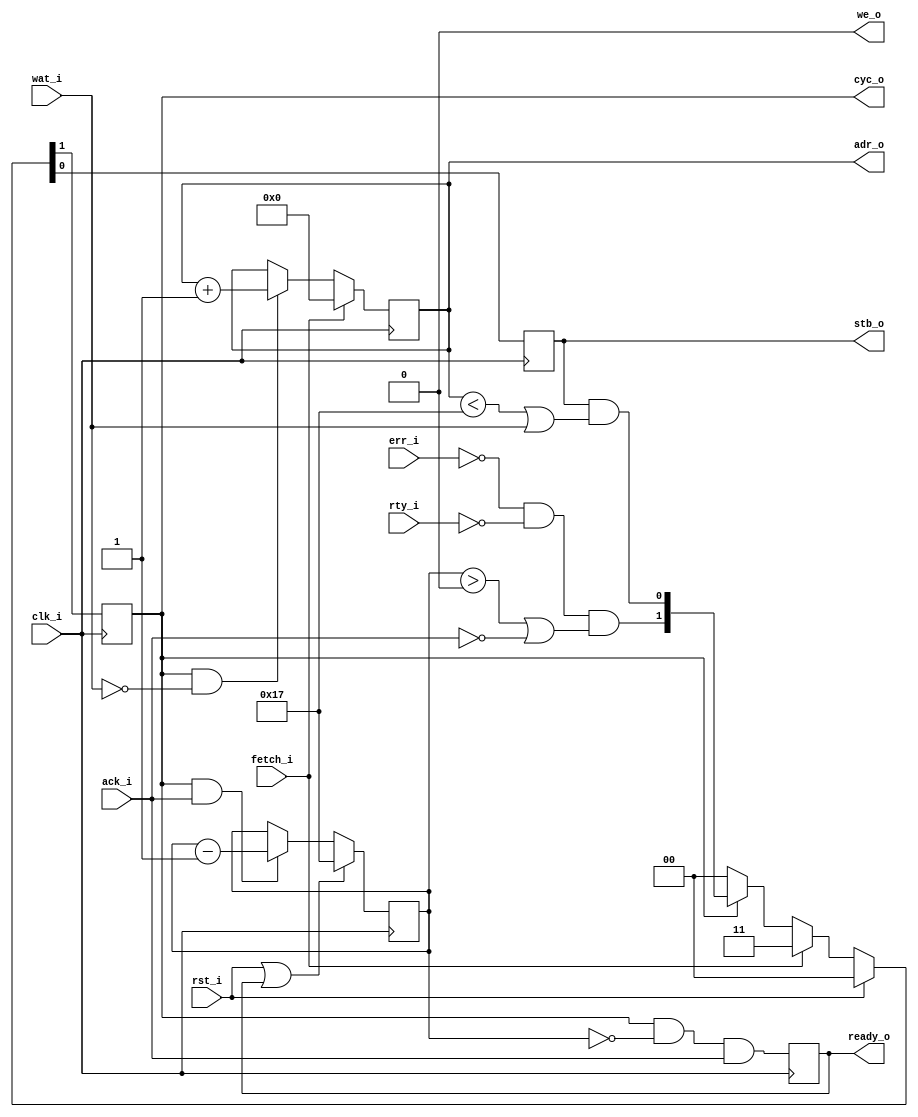
module wb_fetch
  #(//  Data-fetch counter parameters:
    parameter FETCH = 24,       // number of words to fetch
    parameter FMAX  = FETCH-1,  // maximum counter value
    parameter FBITS = 5,        // bit-width of fetch counter
    parameter FSB   = FBITS-1,  // MSB of fetch counter

    //  Wishbone SPEC B4 command-queue parameters:
    parameter QUEUE = 1<<QBITS, // Size of command queue
    parameter QMAX  = QUEUE-1,  // Maximum queue index value
    parameter QBITS = 2,        // Queue index bit-width
    parameter QSB   = QBITS-1,  // MSB of queue index

    //  Additional mode parameters:
    parameter PIPED = 1,        // Pipelined (WB SPEC B4) transfers (0/1)?

    //  Simulation-only parameters:
    parameter DELAY = 3)        // combinational simulation delay (ns)
   (
    input          clk_i,
    input          rst_i,
    output reg     cyc_o = 1'b0,
    output reg     stb_o = 1'b0,
    output         we_o,
    input          ack_i,
    input          wat_i,
    input          rty_i,
    input          err_i,
    output [FSB:0] adr_o,

    input          fetch_i,
    output reg     ready_o = 1'b0
    );


   parameter FZERO = {FBITS{1'b0}};
   parameter QZERO = {QBITS{1'b0}};
   parameter QONE  = {{QSB{1'b0}}, 1'b1};


   reg [FSB:0]     adr = FZERO;


   assign we_o  = 1'b0;
   assign adr_o = adr;


`ifdef __USE_FETCH_QUEUE
   //-------------------------------------------------------------------------
   //
   //  COMMAND QUEUE CONTROL.
   //
   //  NOTE: No command-queue overflow detection!
   //  NOTE: This version supports only the parameterised number of queued
   //    commands, of a block-transfer -- and the command-queue size is
   //    ideally tuned to match the (maximum) latency of any attached, slave
   //    devices.
   //
   //-------------------------------------------------------------------------
   reg [QSB:0]     cqi = QMAX;
   wire [FBITS:0]  adr_nxt = adr + 1;
   wire            adr_max = adr == FMAX;
   wire            cyc_w, stb_w;

   //  Continue bus cycle until all commands have completed:
   assign cyc_w = !err_i && !rty_i && !(cqi == QZERO && ack_i);

   //  Issue commands until the maximum fetch-address is reached, and keep
   //  strobe high if the slave stalls:
   assign stb_w = wat_i || !adr_max;

   //-------------------------------------------------------------------------
   //  Wishbone interface state and bus-control signals.
   //-------------------------------------------------------------------------
   always @(posedge clk_i)
     if (rst_i)
       {cyc_o, stb_o} <= #DELAY 2'b00;
     else if (fetch_i)
       {cyc_o, stb_o} <= #DELAY 2'b11;
     else if (cyc_o)
       {cyc_o, stb_o} <= #DELAY {cyc_w, stb_w};
     else
       {cyc_o, stb_o} <= #DELAY 2'b00;

   //-------------------------------------------------------------------------
   //  Increase the address-counter after every command has been issued
   //  (and accepted).
   always @(posedge clk_i)
     if (fetch_i)                          adr <= #DELAY FZERO;
     else if (stb_o && !wat_i && !adr_max) adr <= #DELAY adr_nxt[FSB:0];

   //-------------------------------------------------------------------------
   //  Up/down counter for the command-queue.
   always @(posedge clk_i)
     if (fetch_i)               // queue is empty on fetch-start:
       cqi <= #DELAY QMAX;
     else
       case ({stb_o, ack_i, wat_i})
         3'b000: cqi <= #DELAY cqi;     // No change.
         3'b001: cqi <= #DELAY 3'bx;    // Invalid.
         3'b010: cqi <= #DELAY cqi - 1; // Data recieved, so decrement.
         3'b011: cqi <= #DELAY 3'bx;    // Invalid.
         3'b100: cqi <= #DELAY cqi + 1; // Command enqueued, so increment.
         3'b101: cqi <= #DELAY cqi;     // Command rejected, so no change.
         3'b110: cqi <= #DELAY cqi;     // Issue + finish, so no change.
         3'b111: cqi <= #DELAY cqi - 1; // Finished, buy new command rejected.
       endcase // case ({stb_o, ack_i, wat_i})

   //-------------------------------------------------------------------------
   //  Strobe the `ready_o` signal when a fetch has been completed.
   always @(posedge clk_i)
     ready_o <= #DELAY cyc_o && !cyc_w;


`else // !`ifdef __USE_FETCH_QUEUE
   //-------------------------------------------------------------------------
   //
   //  NAIVE COMMAND QUEUE.
   //
   //  NOTE: This version supports the queuing of all commands, of a block-
   //    transfer, but is inefficient for large block-sizes.
   //
   //-------------------------------------------------------------------------
   reg [FSB:0]     wat = FMAX; // # of outstanding requests
   wire [FBITS:0]  adr_nxt = adr + 1;
   wire [FBITS:0]  wat_prv = wat - 1;
   wire            cyc_w = !err_i && !rty_i && (wat > 0 || !ack_i);
   wire            stb_w = stb_o && (adr < FMAX || wat_i);


   //-------------------------------------------------------------------------
   //  Wishbone interface state and bus-control signals.
   //-------------------------------------------------------------------------
   always @(posedge clk_i)
     if (rst_i)
       {cyc_o, stb_o} <= #DELAY 2'b00;
     else if (fetch_i)
       {cyc_o, stb_o} <= #DELAY 2'b11;
     else if (cyc_o)
       {cyc_o, stb_o} <= #DELAY {cyc_w, stb_w};
     else
       {cyc_o, stb_o} <= #DELAY 2'b00;

   //-------------------------------------------------------------------------
   //  Address generation, with a block.
   always @(posedge clk_i)
     if (fetch_i)
       adr <= #DELAY {FBITS{1'b0}};
     else if (cyc_o && !wat_i)
       adr <= #DELAY adr_nxt[FSB:0];

   //-------------------------------------------------------------------------
   //  Count to make sure that all requested data is retransmitted.
   always @(posedge clk_i)
     if (rst_i || ready_o)
       wat <= #DELAY FMAX;
     else if (cyc_o && ack_i)
       wat <= #DELAY wat_prv[FSB:0];


   //-------------------------------------------------------------------------
   //  Strobe the `ready_o` signal when a fetch has been completed.
   //-------------------------------------------------------------------------
   always @(posedge clk_i)
     ready_o <= #DELAY cyc_o && wat == FZERO && ack_i;
`endif // !`ifdef __USE_FETCH_QUEUE


endmodule